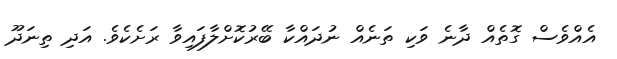
އެއްވެސް ގޮތެއް ދާނެ ވަކި ތަނެއް ނުދައްކާ ބޭރުކޮށްލާފައިވާ ރަށެކެެވެ. އަދި ތިނަދޫ